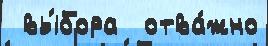
 вы́бора  отва́жно